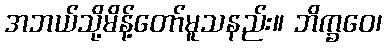
အဘယ်သို့မိန့်တော်မူသနည်း။ ဘိက္ခဝေ၊